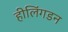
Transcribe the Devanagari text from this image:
हीलिंगडन